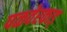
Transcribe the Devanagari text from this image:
पळवेरकाड्